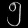
Digit: ၅